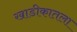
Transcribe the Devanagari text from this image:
खाडीकातला